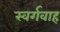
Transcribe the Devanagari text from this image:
स्वर्गवाह